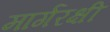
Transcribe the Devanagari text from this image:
मार्गरक्षी